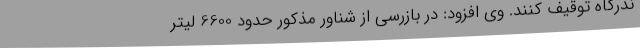
ندرگاه توقیف کنند. وی افزود: در بازرسی از شناور مذکور حدود 6600 لیتر